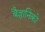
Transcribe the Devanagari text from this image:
बैज्ञानिको